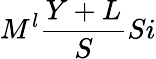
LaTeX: M^{l}\frac{Y+L}{S}Si